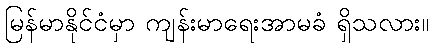
မြန်မာနိုင်ငံမှာ ကျန်းမာရေးအာမခံ ရှိသလား။